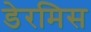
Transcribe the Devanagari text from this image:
डेरमिस